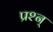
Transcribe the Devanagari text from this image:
प्रश्न्